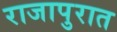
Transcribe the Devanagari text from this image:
राजापुरात